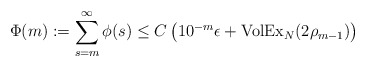
\begin{align*}\Phi(m):= \sum_{s=m}^{\infty}\phi(s) \leq C\left(10^{-m}\epsilon + {\rm VolEx}_{N}(2\rho_{m-1})\right)\end{align*}